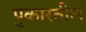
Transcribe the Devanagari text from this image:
पुकारतील